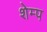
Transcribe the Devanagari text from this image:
शेम्प